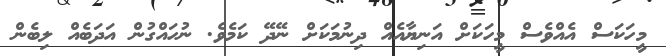
މީހަކަސް އެއްވެސް މީހަކަށް އަނިޔާއެއް ދިނުމަކަށް ނޭދޭ ކަމެވެ. ނުހައްގުން އަދަބެއް ލިބެން